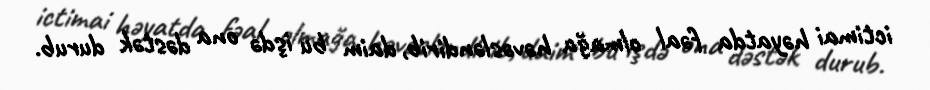
ictimai həyatda fəal olmağa həvəsləndirib, daim bu işdə ona dəstək durub.